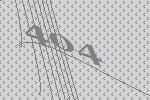
404